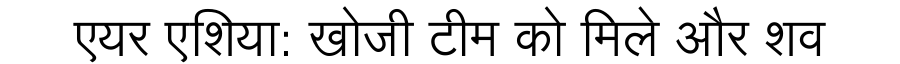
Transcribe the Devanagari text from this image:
एयर एशिया: खोजी टीम को मिले और शव